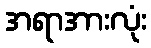
အရာအားလုံး